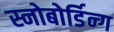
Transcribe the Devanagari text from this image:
स्नोबोर्डिन्ग